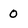
Character: O